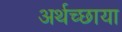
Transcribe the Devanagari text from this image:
अर्थच्छाया